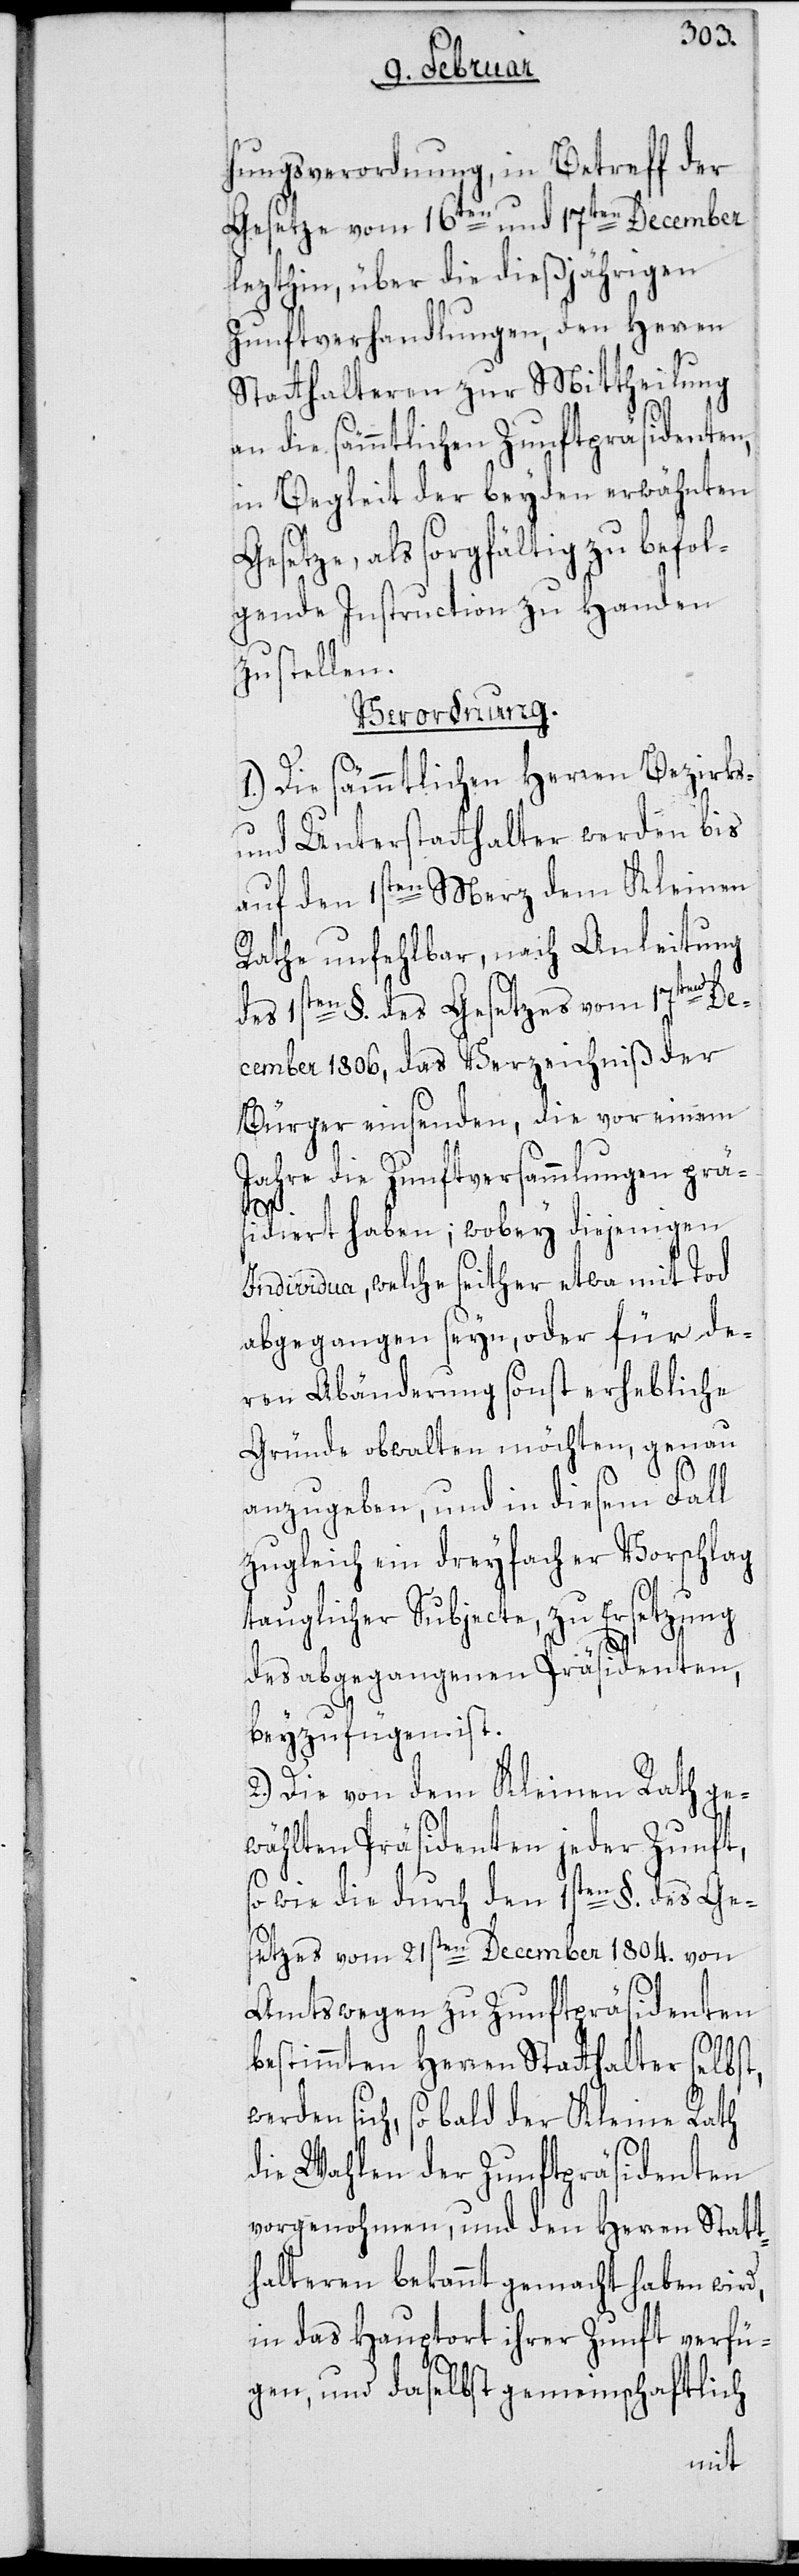
hungsverordnung, in Betreff der
Gesetze vom 16ten und 17ten December
lezthin, über die dießjährigen
Zunftverhandlungen, den Herren
Statthalteren zur Mittheilung
an die sämmtlichen Zunftpräsidenten,
in Begleit der beyden erwähnten
Gesetze, als sorgfältig zu befol¬
gende Instruction zu Handen
zu stellen.
Verordnung.
1.) Die sämmtlichen Herren Bezirks-
und Unterstatthalter werden bis
auf den 1sten Merz dem Kleinen
Rathe unfehlbar, nach Anleitung
des 1sten §. des Gesetzes vom 17ten De¬
cember 1806, das Verzeichniß der
Bürger einsenden, die vor einem
Jahre die Zunftversammlungen prä¬
sidiert haben; wobey diejenigen
Individua, welche seither etwa mit Tod
abgegangen seyn, oder für de¬
ren Abänderung sonst erhebliche
Gründe obwalten möchten, genau
anzugeben, und in diesem Fall
zugleich ein dreyfacher Vorschlag
tauglicher Subjecte, zu Ersetzung
des abgegangenen Präsidenten,
beyzufügen ist.
Die von dem Kleinen Rath ge¬
wählten Präsidenten jeder Zunft,
so wie die durch den 1sten §. des Ge¬
setzes vom 21sten December 1804. von
Amtswegen zu Zunftpräsidenten
bestimmten Herren Statthalter selbst,
werden sich, sobald der Kleine Rath
die Wahlen der Zunftpräsidenten
vorgenohmen, und den Herren Statt¬
halteren bekannt gemacht haben wird,
in das Hauptort ihrer Zunft verfü¬
gen, und daselbst gemeinschaftlich